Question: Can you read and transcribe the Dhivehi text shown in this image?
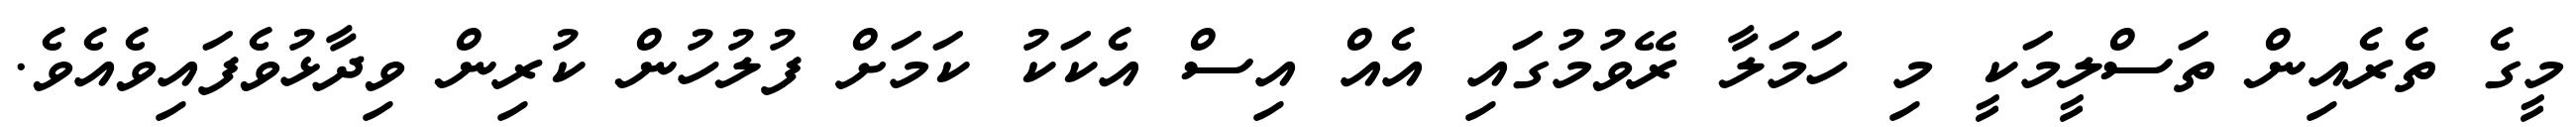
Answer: މީގެ ތެރެއިން ތަސްލީމަކީ މި ހަމަލާ ރޭވުމުގައި އެއް އިސް އެކަކު ކަމަށް ފުލުހުން ކުރިން ވިދާޅުވެފައިވެއެވެ.